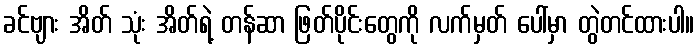
ခင်ဗျား အိတ် သုံး အိတ်ရဲ့ တန်ဆာ ဖြတ်ပိုင်းတွေကို လက်မှတ် ပေါ်မှာ တွဲတင်ထားပါ။